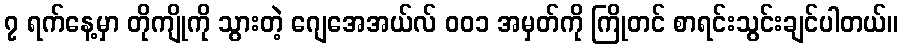
၇ ရက်နေ့မှာ တိုကျိုကို သွားတဲ့ ဂျေအေအယ်လ် ၀၀၁ အမှတ်ကို ကြိုတင် စာရင်းသွင်းချင်ပါတယ်။